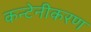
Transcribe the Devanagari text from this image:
कन्टेनीकरण